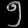
Digit: ၅